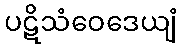
ပဋိသံဝေဒေယျံ